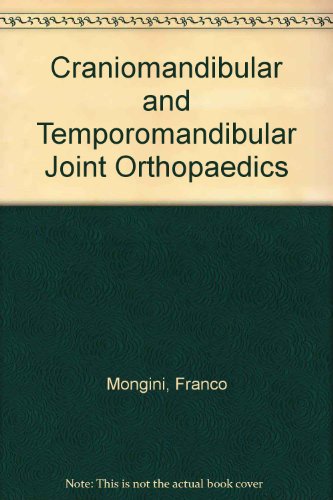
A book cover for Craniomandibular and Tmj Orthopedics; Franco Mongini; Medical Books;